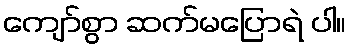
ကျော်စွာ ဆက်မပြောရဲ ပါ။